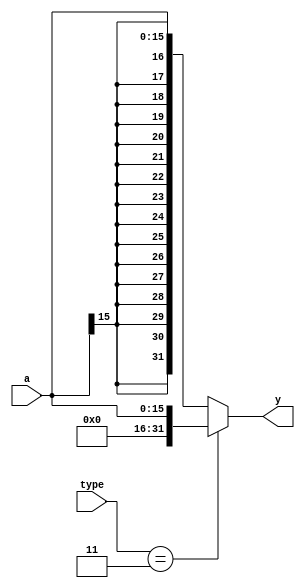
`timescale 1ns / 1ps
//////////////////////////////////////////////////////////////////////////////////
// Company: 
// Engineer: 
// 
// Design Name: 
// Module Name: signext
// Project Name: 
// Target Devices: 
// Tool Versions: 
// Description: 
// 
// Dependencies: 
// 
// Revision:
// Revision 0.01 - File Created
// Additional Comments:
// 
//////////////////////////////////////////////////////////////////////////////////


module signext(
    input [15:0] a,
    input [1:0] type,
    output [31:0] y
    );
    
    assign y = (type == 2'b11)? {16'b0000000000000000,a} : {{16{a[15]}},a};
    
endmodule